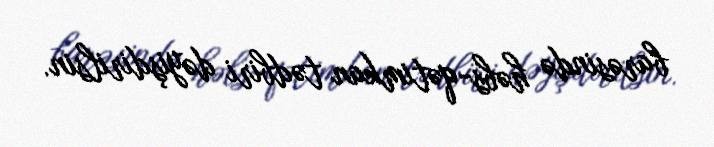
barəsində həbs-qətimkan tədbiri dəyişdirilsin.